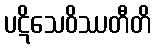
ပဋိသေဝိဿတီတိ